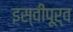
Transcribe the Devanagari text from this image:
इस्वीपूर्व